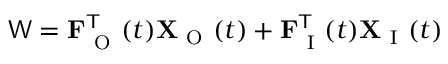
\mathsf { W } = \mathbf { F } _ { \mathrm { ~ O ~ } } ^ { \mathsf { T } } ( t ) \mathbf { X } _ { \mathrm { ~ O ~ } } ( t ) + \mathbf { F } _ { \mathrm { ~ I ~ } } ^ { \mathsf { T } } ( t ) \mathbf { X } _ { \mathrm { ~ I ~ } } ( t )